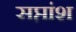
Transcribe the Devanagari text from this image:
सप्तांश